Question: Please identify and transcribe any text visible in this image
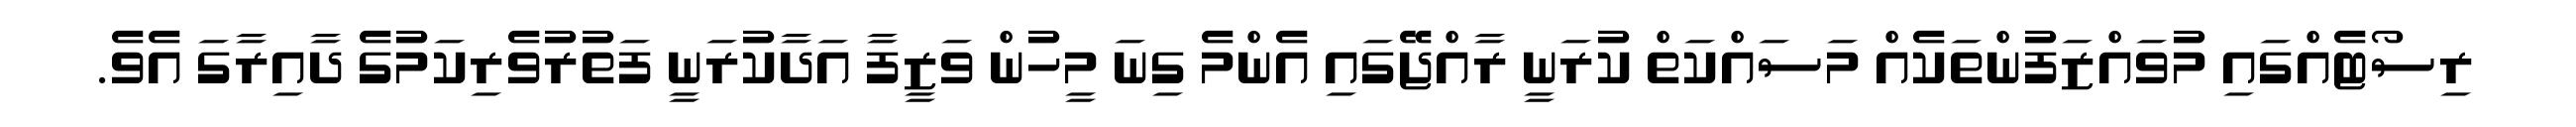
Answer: ރިސޯޓެއްގައި މުވައްޒަފުންތަކެއް މަސައްކަތް ކުރަނީ ރާއްޖޭގައި އެންމެ ގިނަ މީހުން ވަޒީފާ އަދާކުރަނީ ފަތުރުވެރިކަމުގެ ދާއިރާގަ އެވެ.